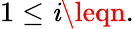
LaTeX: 1\leq\mathit{i}\leqn.